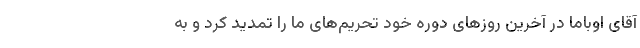
آقای اوباما در آخرین روزهای دوره خود تحریم‌های ما را تمدید کرد و به